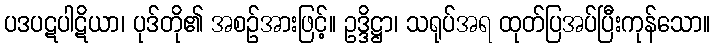
ပဒပဋပါဋိယာ၊ ပုဒ်တို၏ အစဉ်အားဖြင့်။ ဥဒ္ဒိဋ္ဌာ၊ သရုပ်အရ ထုတ်ပြအပ်ပြီးကုန်သော။